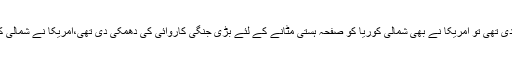
شمالی کوریا نے امریکا پر براہ راست کی دھمکی دی تھی تو امریکا نے بھی شمالی کوریا کو صفحہ ہستی مٹانے کے لئے بڑی جنگی کاروائی کی دھمکی دی تھی،امریکا نے شمالی کوریا کے خلاف بھی اقتصادی پابندی عائد کی تھی۔